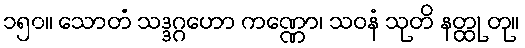
၁၅၀။ သောတံ သဒ္ဒဂ္ဂဟော ကဏ္ဏော၊ သဝနံ သုတိ နတ္ထု တု။